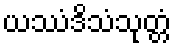
ယဿံဒိသံသုတ္တံ